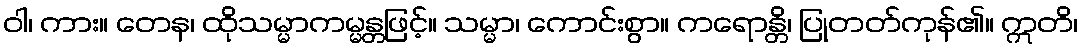
ဝါ၊ ကား။ တေန၊ ထိုသမ္မာကမ္မန္တဖြင့်။ သမ္မာ၊ ကောင်းစွာ။ ကရောန္တိ၊ ပြုတတ်ကုန်၏။ ဣတိ၊